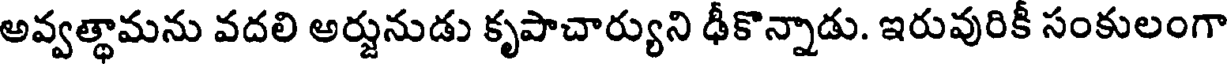
అవ్వత్థామను వదలి అర్జునుడు కృపాచార్యుని ఢీకొన్నాడు. ఇరువురికీ సంకులంగా